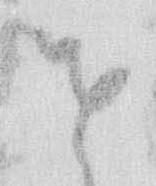
せ